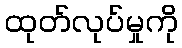
ထုတ်လုပ်မှုကို